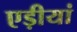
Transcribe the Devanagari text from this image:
एड़ीयां